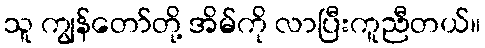
သူ ကျွန်တော်တို့ အိမ်ကို လာပြီးကူညီတယ်။